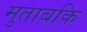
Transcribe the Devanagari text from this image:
मुताबकि